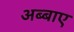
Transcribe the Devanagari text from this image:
अब्बाए